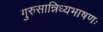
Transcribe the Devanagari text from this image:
गुरुसान्निध्यभाषणः